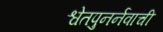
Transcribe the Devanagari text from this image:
श्वेतपुनर्नवाची